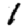
Digit: 1